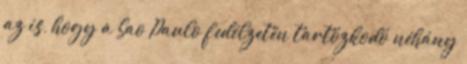
az is, hogy a Sao Paulo fedélzetén tartózkodó néhány